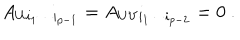
LaTeX: A _ { U i _ { 1 } \cdots i _ { p - 1 } } = A _ { U V i _ { 1 } \cdots i _ { p - 2 } } = 0 ~ .